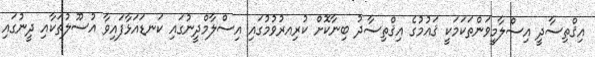
އިޤްތިސާދީ އިސްލާމީވަންތަކަމަކީ ޤައުމުގެ އިޤްތިސާދު ބިނާކޮށް ކުރިއރުވުމުގައި އިސްލާމްދީނުގައި ކަނޑައަޅާފައިވާ އުސޫލުތަކާއި ދީނުގައި